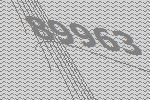
89963